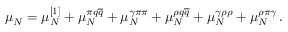
\mu _ { N } = \mu _ { N } ^ { \left[ 1 \right] } + \mu _ { N } ^ { \pi q \overline { { { q } } } } + \mu _ { N } ^ { \gamma \pi \pi } + \mu _ { N } ^ { \rho q \overline { { { q } } } } + \mu _ { N } ^ { \gamma \rho \rho } + \mu _ { N } ^ { \rho \pi \gamma } \, .